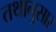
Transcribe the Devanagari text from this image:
तथानुसार